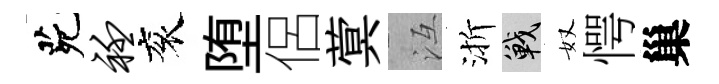
茕衽衮堕侶蓂冱渐戰奴愕巢